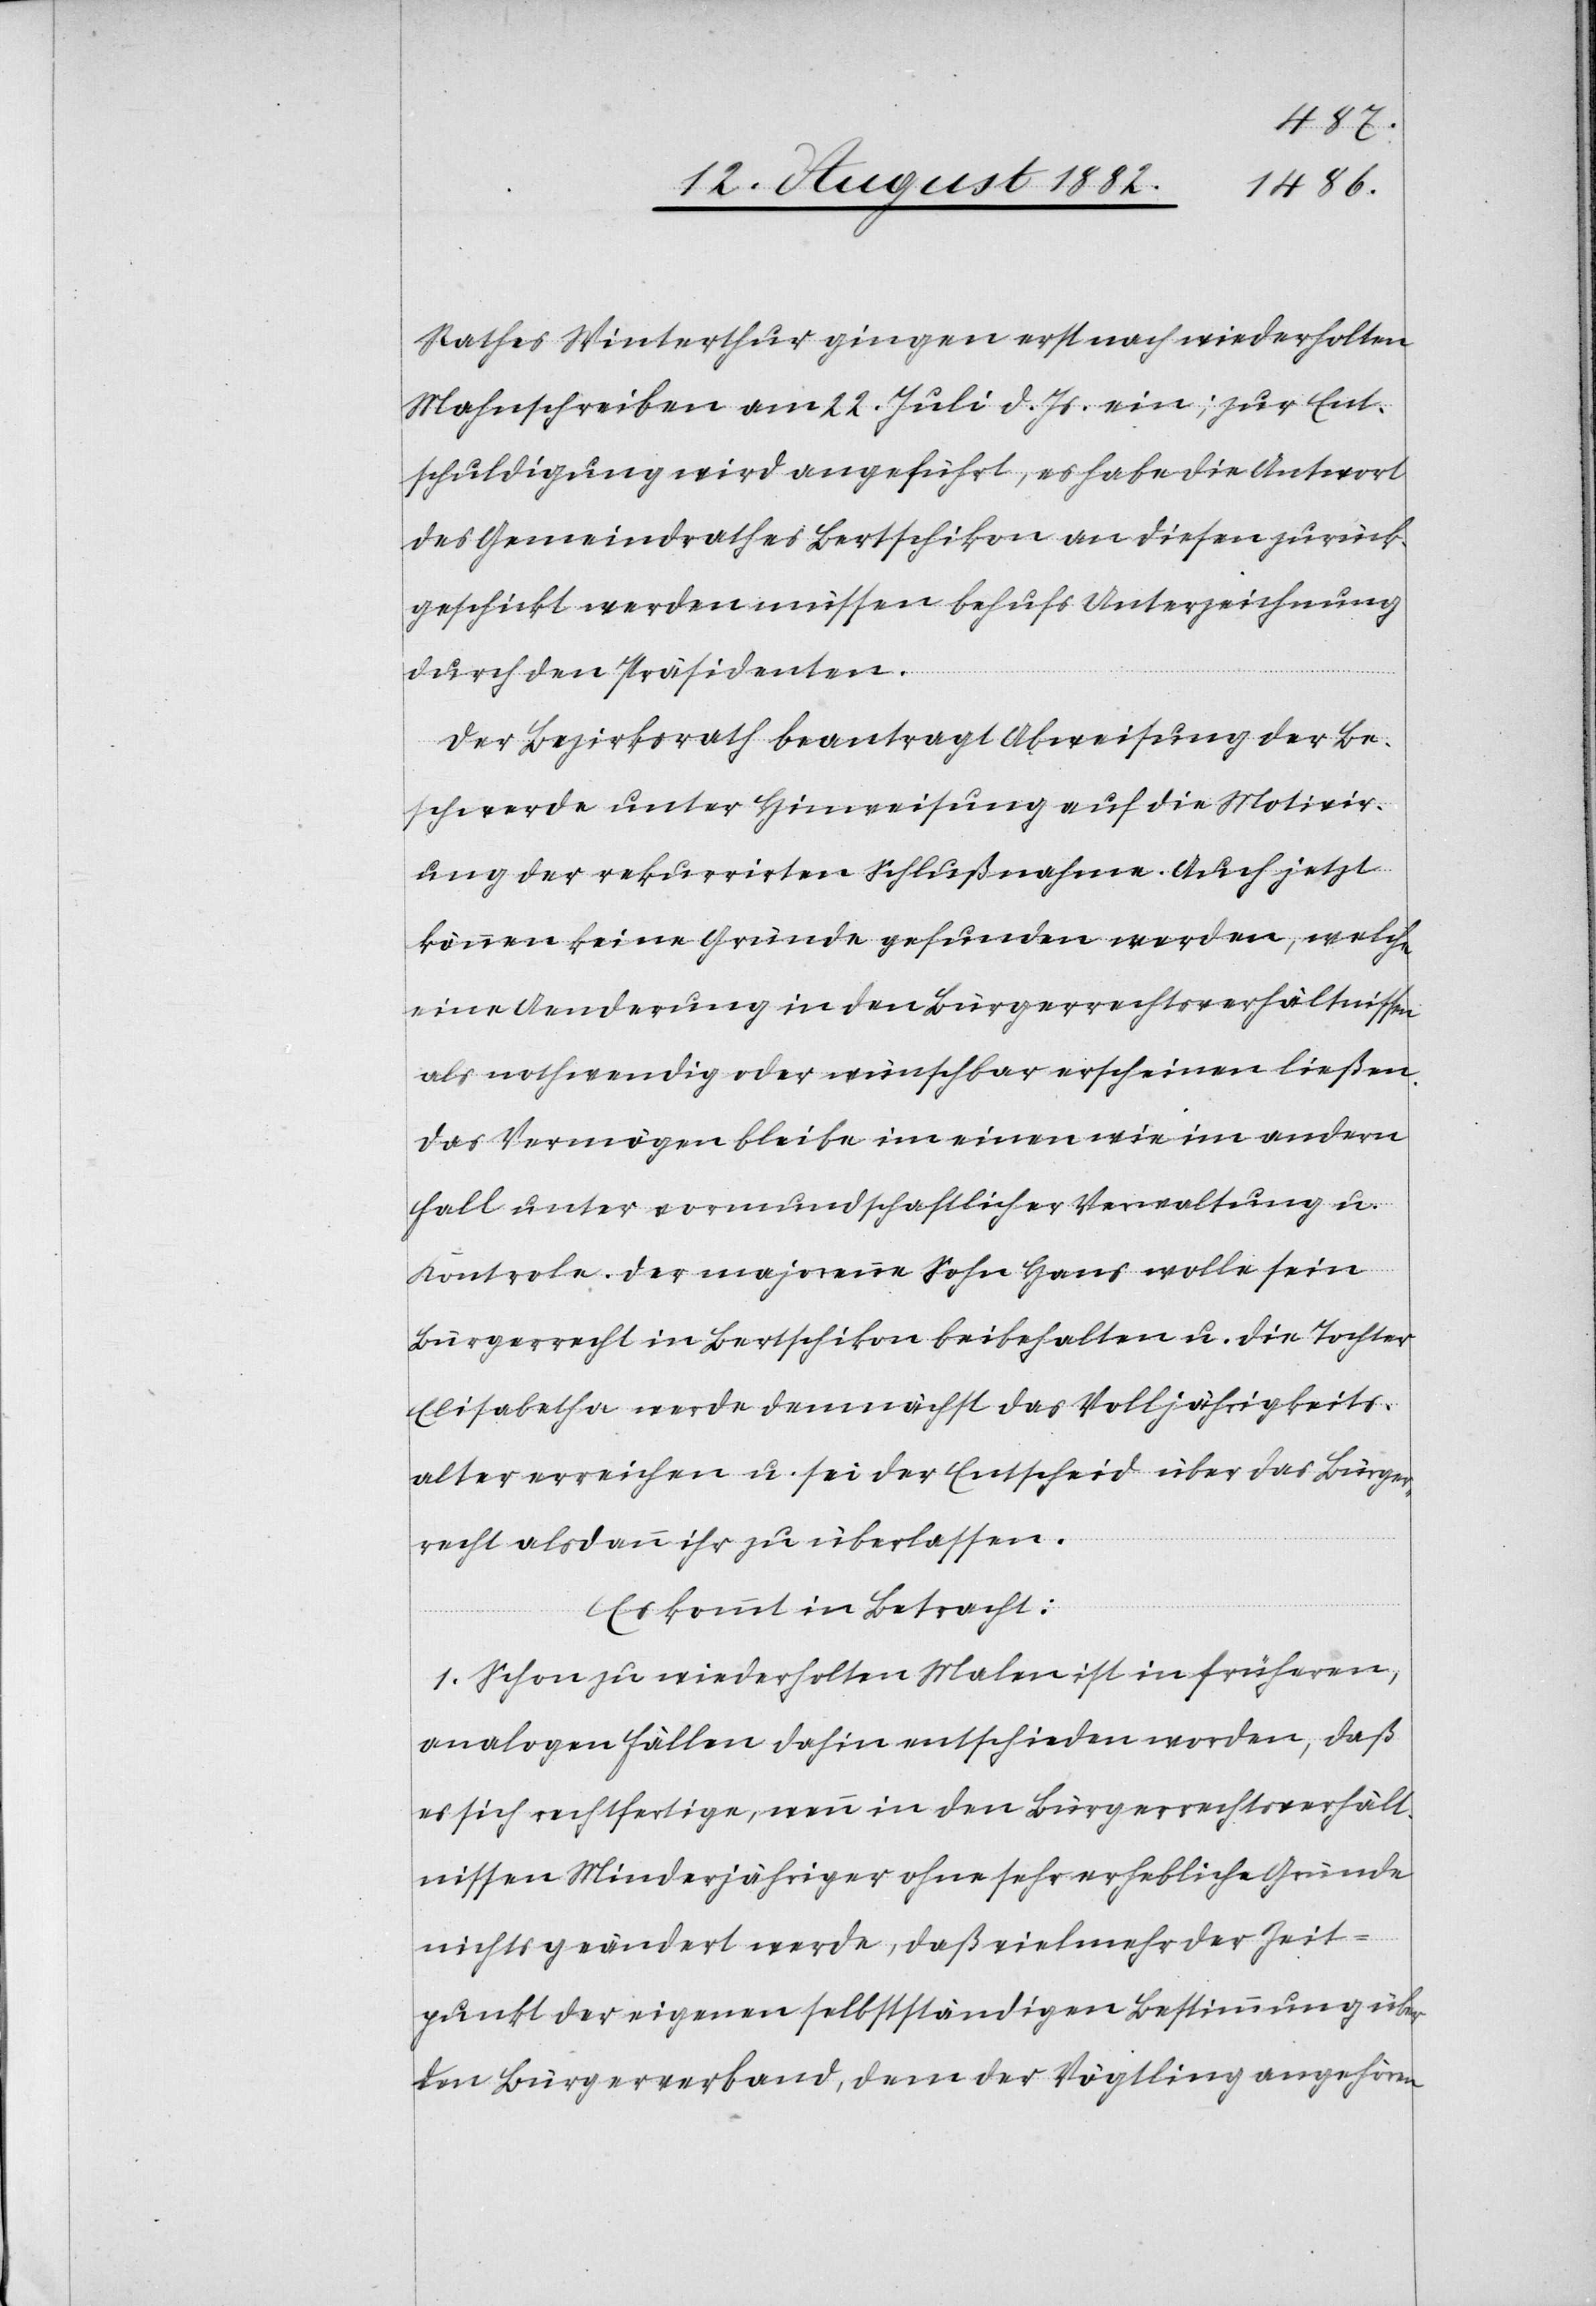
Rathes Winterthur gingen erst nach wiederholten
Mahnschreiben am 22. Juli d. Js. ein; zur Ent¬
schuldigung wird angeführt, es habe die Antwort
des Gemeindrathes Bertschikon an diesen zurück¬
geschickt werden müssen behufs Unterzeichnung
durch den Präsidenten.
Der Bezirksrath beantragt Abweisung der Be¬
schwerde unter Hinweisung auf die Motivir¬
ung der rekurrirten Schlußnahme. Auch jetzt
können keine Gründe gefunden werden, welche
eine Aenderung in den Bürgerrechtsverhältnissen
als nothwendig oder wünschbar erscheinen ließen.
Das Vermögen bleibe im einen wie im andern
Fall unter vormundschaftlicher Verwaltung u.
Kontrole. Der majorenne Sohn Hans wolle sein
Bürgerrecht in Bertschikon beibehalten u. die Tochter
Elisabetha werde demnächst das Volljährigkeits¬
alter erreichen u. sei der Entscheid über das Bürger¬
recht alsdann ihr zu überlassen.
Es kommt in Betracht:
1. Schon zu wiederholten Malen ist in früheren,
analogen Fällen dahin entschieden worden, daß
es sich rechtfertige, wenn in den Bürgerrechtsverhält¬
nissen Minderjähriger ohne sehr erhebliche Gründe
nichts geändert werde, daß vielmehr der Zeit¬
punkt der eigenen selbstständigen Bestimmung über
den Bürgerverband, dem der Vögtling angehören